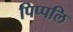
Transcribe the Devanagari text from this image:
पिप्पलि